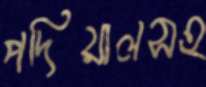
পদিয়ালসহ